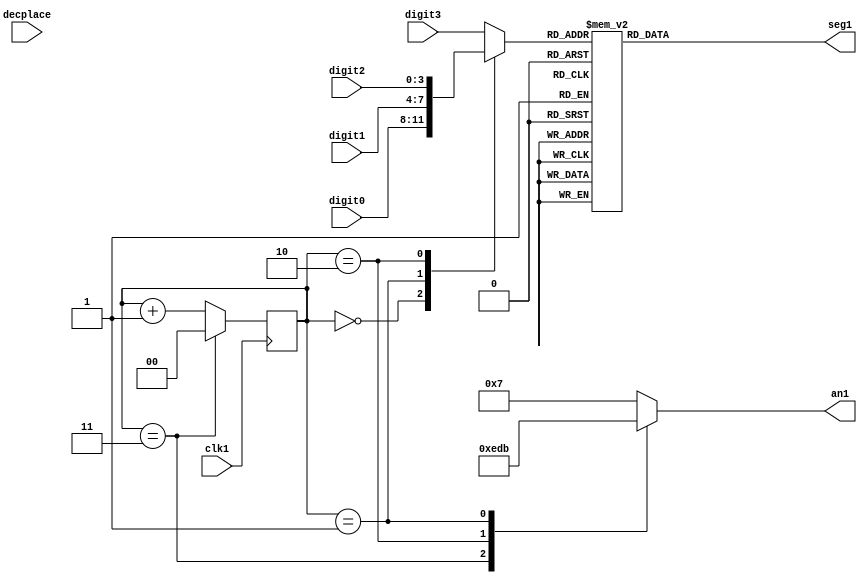

module sevenseg
(
	input              clk1,
	input       [3:0]  digit0,
	input       [3:0]  digit1,
	input       [3:0]  digit2,
	input       [3:0]  digit3,
	input       [1:0]  decplace,
	output reg  [6:0]  seg1,
	output reg  [3:0]  an1
);

reg   [1:0]  cnt;
reg   [3:0]   digit;
initial begin
  cnt = 2'b0;  //anoda na 0
end
// Anode
always @(cnt[16:15]) begin	//switch za prikazivanje sekundi i minuta
	case (cnt[1:0])
		2'b11:   an1 <= 4'b1110;
		2'b10:   an1 <= 4'b1101;
		2'b01:   an1 <= 4'b1011;
		default: an1 <= 4'b0111;
	endcase
end
// Cathode
always @(cnt[1:0] or digit0 or digit1 or digit2 or digit3) begin //swich digit na preko anode pri promeni cnt
	case (cnt[1:0])
		2'b00:   digit <= digit0;
		2'b01:   digit <= digit1;
		2'b10:   digit <= digit2;
		default: digit <= digit3;
	endcase

	case (digit)
		4'h0:    seg1 <= 7'b1000000;
		4'h1:    seg1 <= 7'b1111001;
		4'h2:    seg1 <= 7'b0100100;
		4'h3:    seg1 <= 7'b0110000;
		4'h4:    seg1 <= 7'b0011001;
		4'h5:    seg1 <= 7'b0010010;
		4'h6:    seg1 <= 7'b0000010;
		4'h7:    seg1 <= 7'b1111000;
		4'h8:    seg1 <= 7'b0000000;
		4'h9:    seg1 <= 7'b0010000;
		default: seg1 <= 7'b1111111; //na pocetku svi ugaseni
	endcase
end


always @(posedge clk1) begin
	if(cnt[1:0] == 2'b11)	//if overflow resetuj ga
		cnt[1:0]<=2'b00;
	else
		cnt <= cnt + 1;
end

endmodule